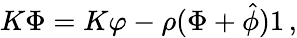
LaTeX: K\Phi=K\varphi-\rho(\Phi+{\hat{\phi}})1\, ,